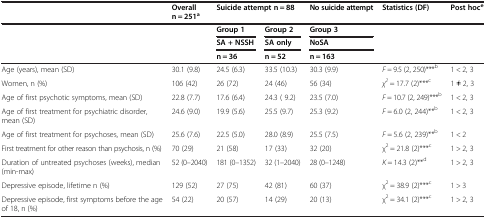
|  | Overall n = 251a | <COLSPAN=2> Suicide attempt n = 88 | No suicide attempt | Statistics (DF) | Post hoce |
 | <ROWSPAN=3>  | <ROWSPAN=3>  | Group 1 | Group 2 | Group 3 | <ROWSPAN=3>  | <ROWSPAN=3>  |
 | SA + NSSH | SA only | NoSA |
 | n = 36 | n = 52 | n = 163 |
 | --- | --- | --- | --- | --- | --- | --- |
 | Age (years), mean (SD) | 30.1 (9.8) | 24.5 (6.3) | 33.5 (10.3) | 30.3 (9.9) | F = 9.5 (2, 250)***b | 1 < 2, 3 |
 | Women, n (%) | 106 (42) | 26 (72) | 24 (46) | 56 (34) | χ2 = 17.7 (2)***c | 1 ≠ 2, 3 |
 | Age of first psychotic symptoms, mean (SD) | 22.8 (7.7) | 17.6 (6.4) | 24.3 ( 9.2) | 23.5 (7.0) | F = 10.7 (2, 249)***b | 1 < 2, 3 |
 | Age of first treatment for psychiatric disorder, mean (SD) | 24.6 (9.0) | 19.9 (5.6) | 25.5 (9.7) | 25.3 (9.2) | F = 6.0 (2, 244)**b | 1 < 2, 3 |
 | Age of first treatment for psychoses, mean (SD) | 25.6 (7.6) | 22.5 (5.0) | 28.0 (8.9) | 25.5 (7.5) | F = 5.6 (2, 239)**b | 1 < 2 |
 | First treatment for other reason than psychosis, n (%) | 70 (29) | 21 (58) | 17 (33) | 32 (20) | χ2 = 21.8 (2)***c | 1 > 2, 3 |
 | Duration of untreated psychoses (weeks), median (min-max) | 52 (0–2040) | 181 (0–1352) | 32 (1–2040) | 28 (0–1248) | K = 14.3 (2)**d | 1 > 2, 3 |
 | Depressive episode, lifetime n (%) | 129 (52) | 27 (75) | 42 (81) | 60 (37) | χ2 = 38.9 (2)***c | 1 > 3 |
 | Depressive episode, first symptoms before the age of 18, n (%) | 54 (22) | 20 (57) | 14 (29) | 20 (13) | χ2 = 34.1 (2)***c | 1 > 2, 3 |